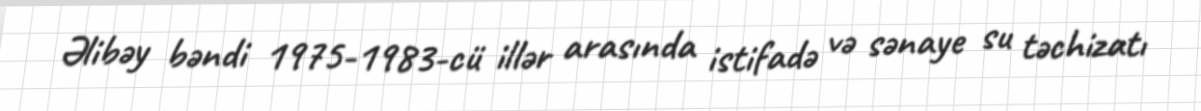
Əlibəy bəndi 1975-1983-cü illər arasında istifadə və sənaye su təchizatı